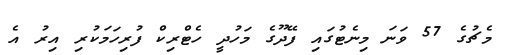
މެޗުގެ 57 ވަނަ މިނެޓުގައި ފޭދޫގެ މަހުދީ ހެޓްރިކް ފުރިހަމަކުރި އިރު އެ